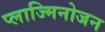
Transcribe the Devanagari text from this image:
प्लाज्मिनोजन